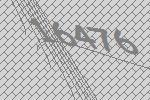
16476